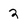
Character: 2